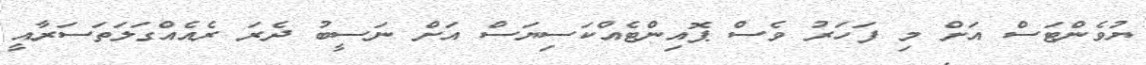
ޔުވެންޓަސް އަށް މި ފަހަރު ވެސް ޕޮއިންޓެއްކަސިޔަސް އަށް ނަސީބު ދެރަ ރެއެއްގަލަތަސަރާއީ